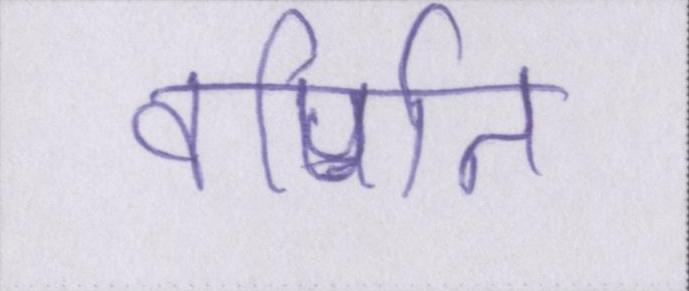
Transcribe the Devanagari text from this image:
वर्णित